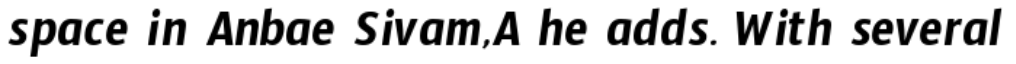
space in Anbae Sivam,A he adds. With several